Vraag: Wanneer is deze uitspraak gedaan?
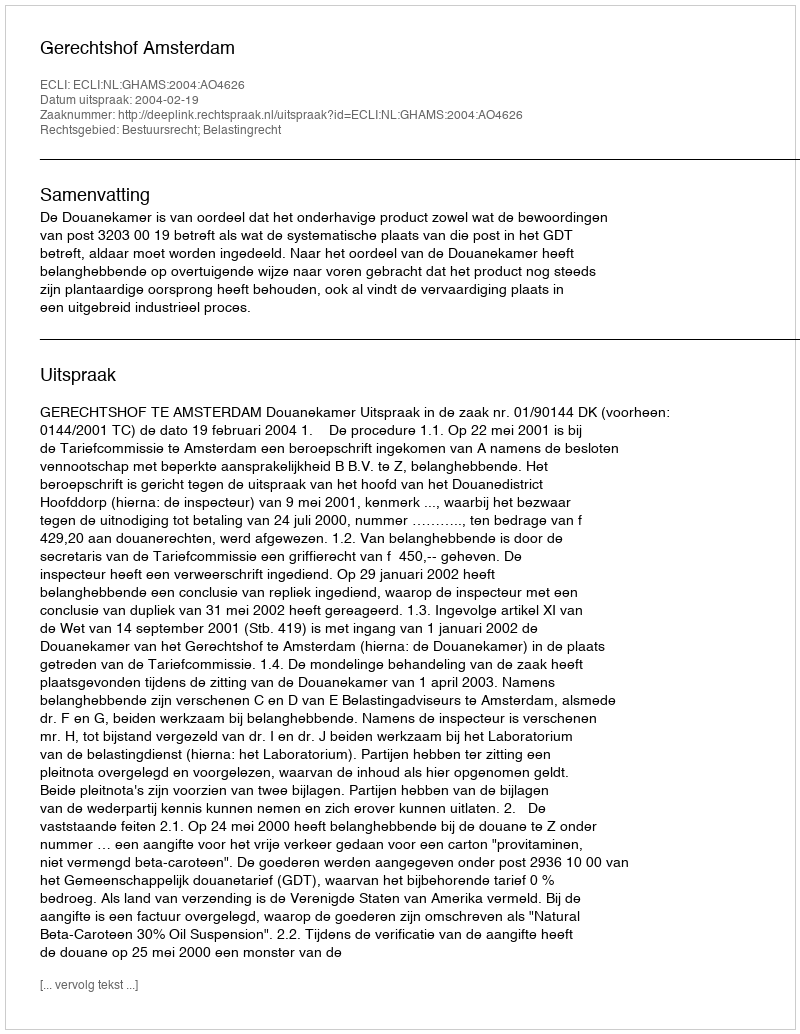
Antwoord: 2004-02-19